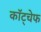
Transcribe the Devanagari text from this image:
कॉट्चेफ